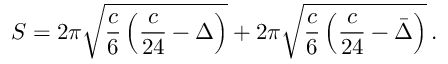
S = 2 \pi \sqrt { \frac c 6 \left( \frac { c } { 2 4 } - \Delta \right) } + 2 \pi \sqrt { \frac c 6 \left( \frac { c } { 2 4 } - \bar { \Delta } \right) } \, .